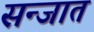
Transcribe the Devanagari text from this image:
सन्जात